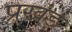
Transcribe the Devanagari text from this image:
प्रखंड़